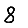
Digit: 8